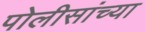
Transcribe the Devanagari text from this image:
पोलीसांच्या